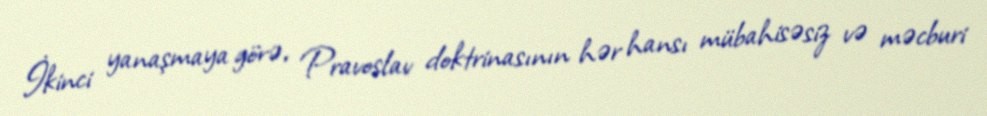
İkinci yanaşmaya görə, Pravoslav doktrinasının hər hansı mübahisəsiz və məcburi